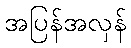
အပြန်အလှန်